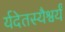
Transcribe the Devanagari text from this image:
र्यदेतस्यैश्वर्यं